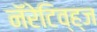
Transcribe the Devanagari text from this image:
नॅरेटिव्ह्‌ज